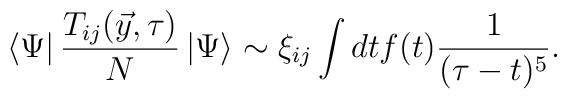
\left<\Psi\right| {T_{ij}(\vec{y},\tau) \over N}  \left| \Psi \right>\sim \xi_{ij} \int {dtf(t) {1 \over (\tau - t)^5}}.